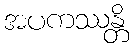
အပကဿန္တိ